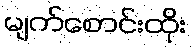
မျက်စောင်းထိုး